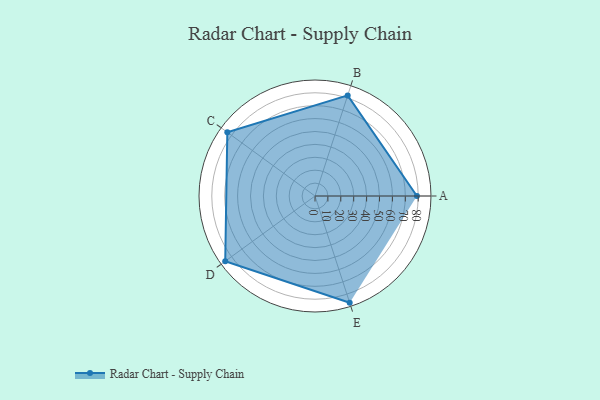
{"axis": {"x": "Skill", "y": "Score"}, "legend": ["Profile"], "data": [{"x": "A", "y": 79.0, "type": "Profile"}, {"x": "B", "y": 82.0, "type": "Profile"}, {"x": "C", "y": 84.0, "type": "Profile"}, {"x": "D", "y": 86.0, "type": "Profile"}, {"x": "E", "y": 87.0, "type": "Profile"}]}